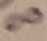
Text: 8